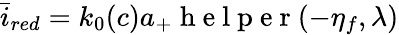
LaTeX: \bar{i}_{red}=k_{0}(c)a_{+}\mathrm{~h~e~l~p~e~r~}(-\eta_{f},\lambda)